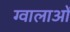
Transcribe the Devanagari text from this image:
ग्वालाओं